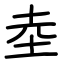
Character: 坴